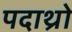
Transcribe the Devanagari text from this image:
पदाथ्रो